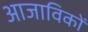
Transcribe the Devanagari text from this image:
आजाविकों